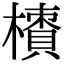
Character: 𣜇